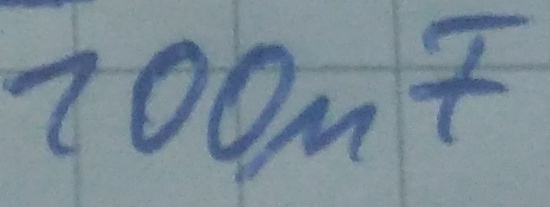
Text: 100µF